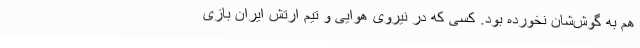
هم به گوش‌شان نخورده بود. کسی که در نیروی هوایی و تیم ارتش ایران بازی